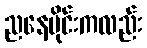
ညနေပိုင်းကလည်း